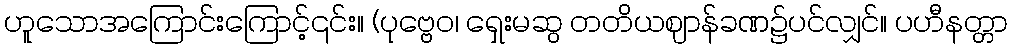
ဟူသောအကြောင်းကြောင့်၎င်း။ (ပုဗ္ဗေဝ၊ ရှေးမဆွ တတိယဈာန်ခဏ၌ပင်လျှင်။ ပဟီနတ္တာ